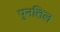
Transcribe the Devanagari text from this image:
पुनत्तिल